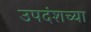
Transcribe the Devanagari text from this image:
उपदंशच्या